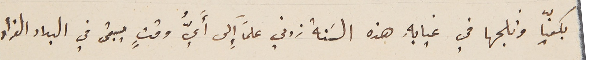
بكفيّا وثلجها في غيابهِ هذه السَنة زدني علماً إِلى أيُّ وقتٍ يبقى في البلاد الفراد